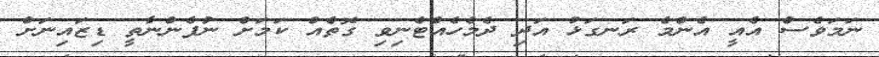
ނަމަވެސް އެއީ އެންމެ ރަނގަޅު އަދި ދެމެހެއްޓެނިވި ގޮތެއް ކަމަށް ނުފެންނާތީ ޑިޒައިނަށް